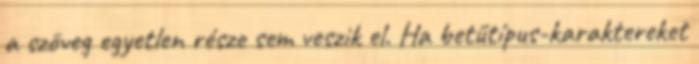
a szöveg egyetlen része sem veszik el. Ha betűtípus-karaktereket